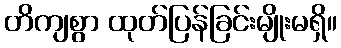
တိကျစွာ ထုတ်ပြန်ခြင်းမျိုးမရှိ။